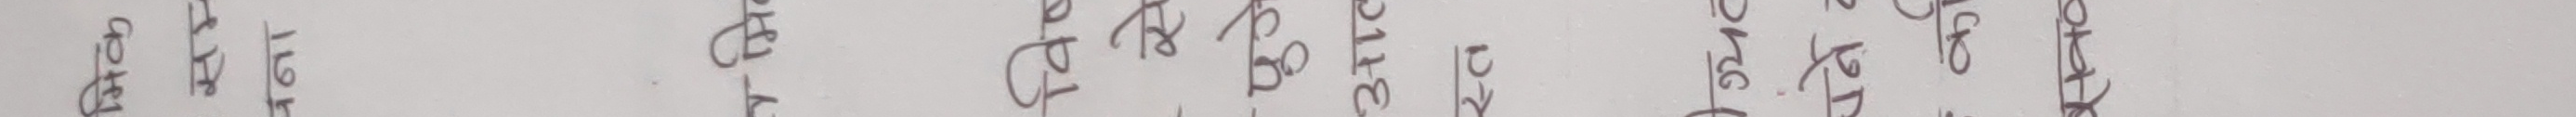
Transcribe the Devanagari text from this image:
चालीस ४० छ एक तेह्र १३ सत्र १७ एक सय १००